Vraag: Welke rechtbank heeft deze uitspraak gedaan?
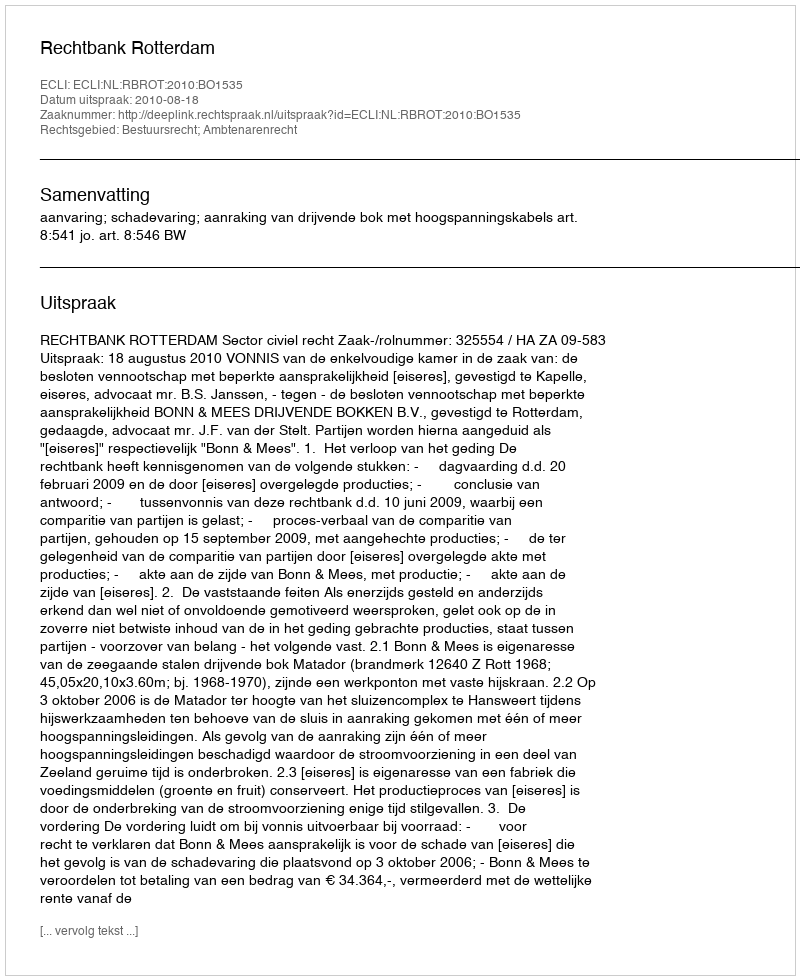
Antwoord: Rechtbank Rotterdam